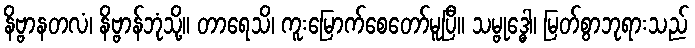
နိဗ္ဗာနတလံ၊ နိဗ္ဗာန်ဘုံသို့။ တာရေသိ၊ ကူးမြောက်စေတော်မူပြီ။ သမ္ဗုဒ္ဓေါ၊ မြတ်စွာဘုရားသည်